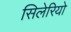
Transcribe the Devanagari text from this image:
सिलेरियो